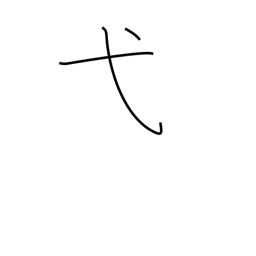
Meaning: ceremony radical (no. 56)